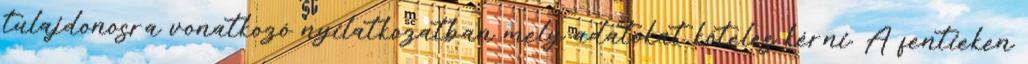
tulajdonosra vonatkozó nyilatkozatban mely adatokat köteles kérni. A fentieken